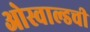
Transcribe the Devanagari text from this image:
ओस्वाल्डची